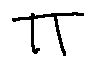
\pi